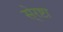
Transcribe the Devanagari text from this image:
से्रष्टा